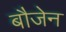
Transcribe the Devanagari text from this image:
बौजेन